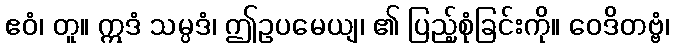
ဧဝံ၊ တူ။ ဣဒံ သမ္ပဒံ၊ ဤဥပမေယျ၊ ၏ ပြည့်စုံခြင်းကို။ ဝေဒိတဗ္ဗံ၊